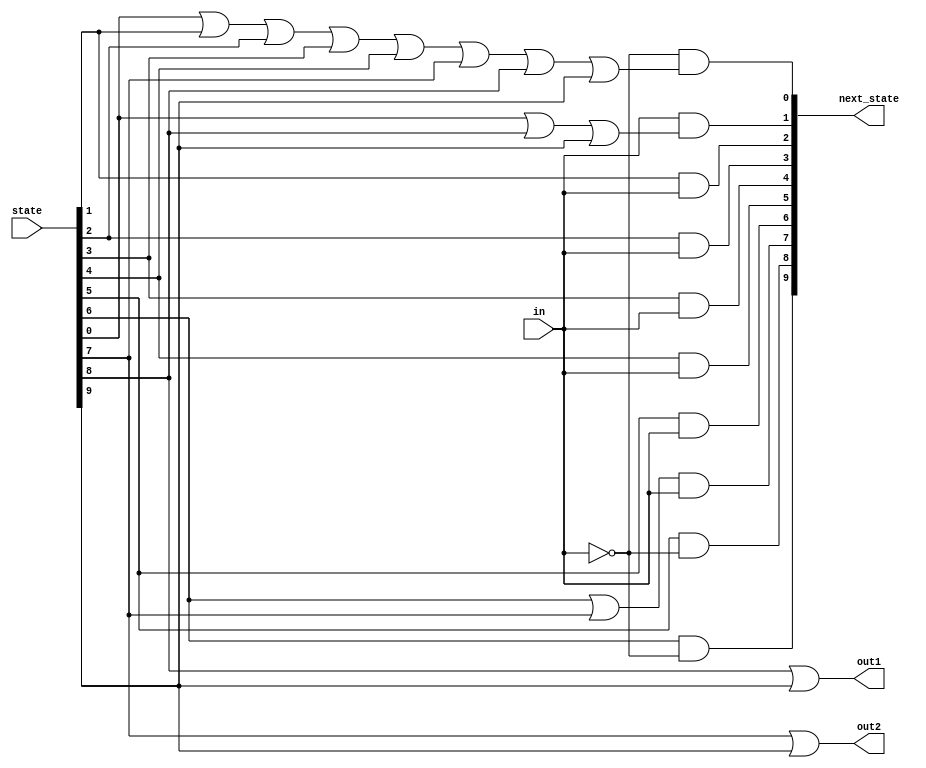
module top_module(
    input in,
    input [9:0] state,
    output [9:0] next_state,
    output out1,
    output out2);
	
    parameter S0=4'd0, S1=4'd1, S2=4'd2, S3=4'd3, S4=4'd4, S5=4'd5, S6=4'd6, S7=4'd7, S8=4'd8, S9=4'd9;
    
    // State transition logic: Derive an equation for each state flip-flop.
    assign next_state[S0] = (~in) & (state[0] | state[1] | state[2] | state[3] | state[4] | state[7] | state[8] | state[9]);
    assign next_state[S1] = in & (state[0] | state[8] | state[9]);
    assign next_state[S2] = state[1] & in;
    assign next_state[S3] = state[2] & in;
    assign next_state[S4] = state[3] & in;
    assign next_state[S5] = state[4] & in;
    assign next_state[S6] = state[5] & in;
    assign next_state[S7] = (state[6] | state[7]) & in;
    assign next_state[S8] = state[5] & (~in);
    assign next_state[S9] = state[6] & (~in);

    // Output logic: 
    assign out1 = (state[S8] | state[S9]);
    assign out2 = (state[S7] | state[S9]);
    
endmodule